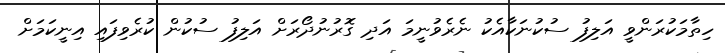
ހިތާމަކުރަންވީ އަލިފު ސުކުނަކާއެކު ނެރެވުނީމަ އަދި ގޮރުނުދޯރަށް އަލިފު ސުކުން ކުރެވިފައި އިނީކަމަށް